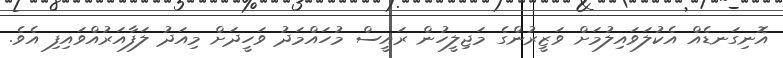
އޮނިގަނޑެއް އެކުލަވައިލުމަށް ވަޒީރުންގެ މަޖިލީހުން ރައީސް މުހައްމަދު ވަހީދަށް މިއަދު ލަފާއަރުއްވައިފި އެވެ.